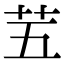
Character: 𫇩